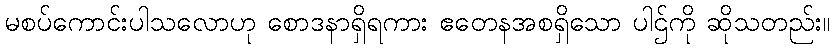
မစပ်ကောင်းပါသလောဟု စောဒနာရှိရကား ဧတေနအစရှိသော ပါဌ်ကို ဆိုသတည်း။